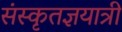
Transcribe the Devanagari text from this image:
संस्कृतज्ञयात्री